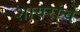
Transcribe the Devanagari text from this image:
शायरांचे